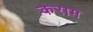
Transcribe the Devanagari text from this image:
कराम